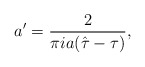
\begin{align*}a'={2\over \pi i a(\hat \tau -\tau)},\end{align*}